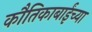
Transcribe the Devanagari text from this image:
कौतिकाबाईंच्या